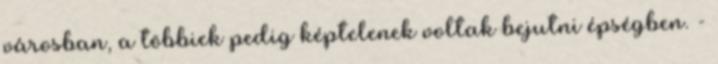
városban, a többiek pedig képtelenek voltak bejutni épségben. -